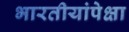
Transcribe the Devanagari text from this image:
भारतीयांपेक्षा